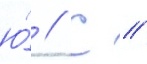
ю́ // С //